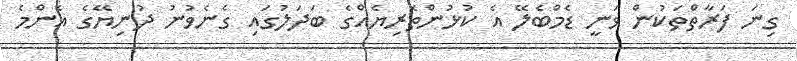
ގިނަ ފަރާތްތަކުން ވަނީ ޑެމްބެލޭ އެ ކުޅުންތެރިޔެއްގެ ބަދަލުގައި ގެނެވުނު ދުނިޔޭގެ އެންމެ